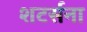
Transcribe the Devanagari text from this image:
शटर्सना